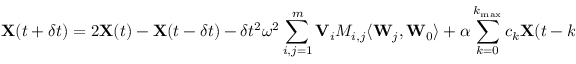
{ \displaystyle { \bf X } ( t + \delta t ) = 2 { \bf X } ( t ) - { \bf X } ( t - \delta t ) - \delta t ^ { 2 } \omega ^ { 2 } \sum _ { i , j = 1 } ^ { m } { \bf V } _ { i } M _ { i , j } \langle { \bf W } _ { j } , { \bf W } _ { 0 } \rangle + \alpha \sum _ { k = 0 } ^ { k _ { \mathrm { m a x } } } c _ { k } { \bf X } ( t - k \delta t ) } .